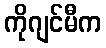
ကိုဂျင်မီက